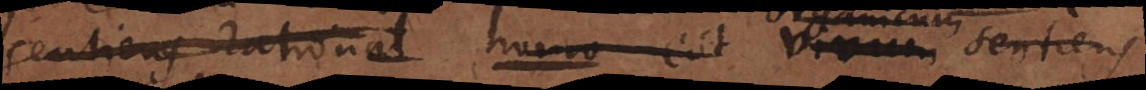
sentiens rational homo est vivum sentiens